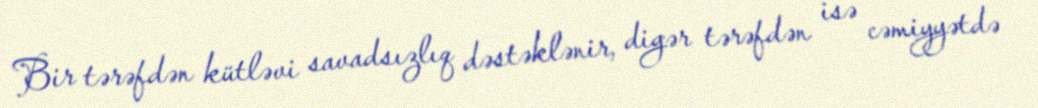
Bir tərəfdən kütləvi savadsızlıq dəstəklənir, digər tərəfdən isə cəmiyyətdə